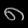
Digit: ၈